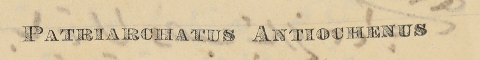
PATRIARCHATUS ANTIOCHENUS